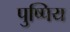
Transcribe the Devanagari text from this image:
पुष्पिय